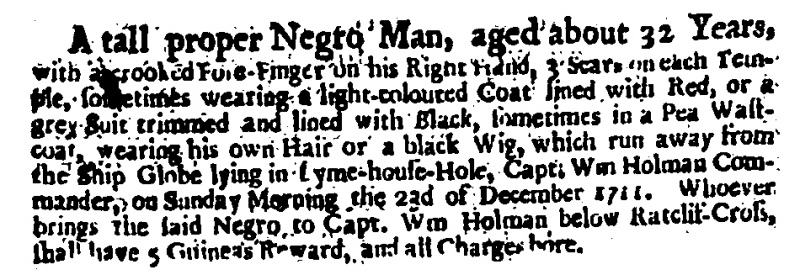
Daily Courant, 26 December 1711 (England)
A tall proper Negro Man, aged about 32 Years, with a crooked Fore-Finger on his Right Hand, 3 Scars on each Temple, sometimes wearing a light-coloured Coat lined with Red, or a grey Suit trimmed and lined with Black, sometimes in a Pea Wastcoat, wearing his own Hair or a black Wig, which run away from the Ship Globe lying in Lyme-house-Hole, Capt. Wm Holman Commander, on Sunday Morning the 23d of December 1711. Whoever brings the said Negro to Capt. Wm Holman below Ratcliff-Cross, shall have 5 Guineas Reward, and all Charges bore.